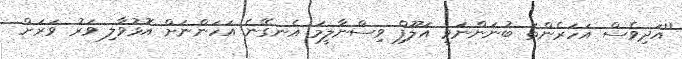
''އަދިވެސް އަހަރެންތަ ބުނަންނަވީ އަލޫފް ވިސްނާލީމަ އެނގޭނެ އަހަންނަށް އޮޅުވާލި ވަރު ވަރަށް